Report on horse surra - Volume I
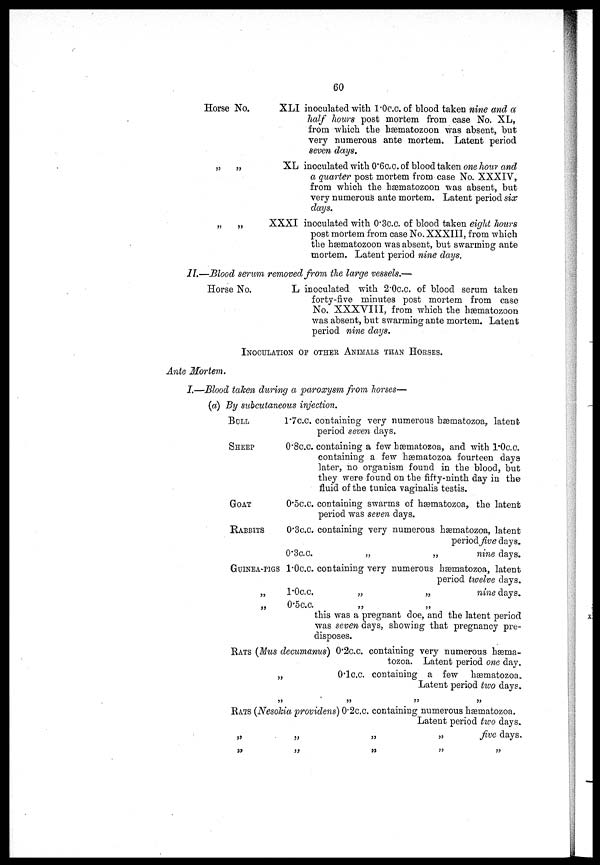
60
Horse No.
„ „
„ „
XLI inoculated with 1.0c.c. of blood taken nine and a
half hours post mortem from case No. XL,
from which the hæmatozoon was absent, but
very numerous ante mortem. Latent period
seven days.
XL inoculated with 0.6c.c. of blood taken one hour and
a quarter post mortem from case No. XXXIV,
from which the hæmatozoon was absent, but
very numerous ante mortem. Latent period six
days.
XXXI inoculated with 0.3c.c. of blood taken eight hours
post mortem from case No. XXXIII, from which
the hæmatozoon was absent, but swarming ante
mortem. Latent period nine days.
II.—Blood serum removed from the large vessels,—
Horse No.
L inoculated with 2.0c.c. of blood serum taken
forty-five minutes post mortem from case
No. XXXVIII, from which the hæmatozoon
was absent, but swarming ante mortem. Latent
period nine days.
INOCULATION OF OTHER ANIMALS THAN HORSES.
Ante Mortem.
I.—Blood taken during a paroxysm from horses—
(a) By subcutaneous infection.
BOLL
SHEEP
GOAT
RABBITS
GUINEA-PIGS
„
„
l.7c.c. containing very numerous hæmatozoa,. latent
period seven days.
0.8c.c. containing a few hæmatozoa, and with 1.0c.c.
containing a few hæmatozoa fourteen days
later, no organism found in the blood, but
they were found on the fifty-ninth day in the
fluid of the tunica vaginalis testis.
0.5c.c. containing swarms of hæmatozoa, the latent
period was seven days.
0.3c.c. containing very numerous hæmatozoa, latent
period five days.
0.3c.c.
„
„
nine days.
l.0c.c. containing very numerous hæmatozoa, latent
period twelve days.
1.0c.c.
„
„
nine days.
0.5c.c.
„
„
this was a pregnant doe, and the latent period
was seven days, showing that pregnancy pre-
disposes.
RATS (Mus decumanus) 0.2c.c. containing very numerous hæma-
tozoa. Latent period one day.
„
0.1c.c.
containing a few hæmatozoa.
Latent period two days.
„ „ „ „
RATS (Nesohia providens) 0.2c.c. containing numerous hæmatozoa.
Latent period two days.
„
„
„
„
five days.
„ „ „ „ „